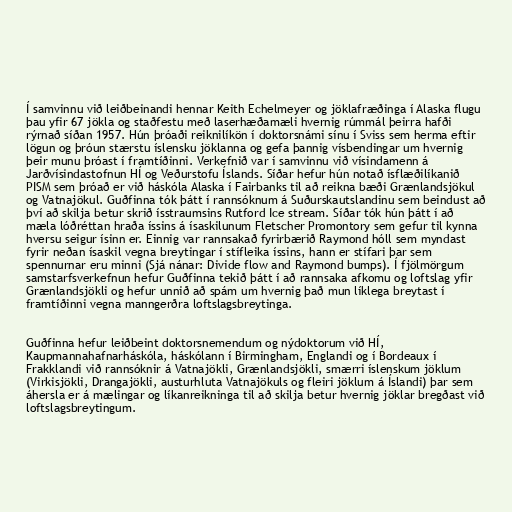
Í samvinnu við leiðbeinandi hennar Keith Echelmeyer og jöklafræðinga í Alaska flugu
þau yfir 67 jökla og staðfestu með laserhæðamæli hvernig rúmmál þeirra hafði
rýrnað síðan 1957. Hún þróaði reiknilíkön í doktorsnámi sínu í Sviss sem herma eftir
lögun og þróun stærstu íslensku jöklanna og gefa þannig vísbendingar um hvernig
þeir munu þróast í framtíðinni. Verkefnið var í samvinnu við vísindamenn á
Jarðvísindastofnun HÍ og Veðurstofu Íslands. Síðar hefur hún notað ísflæðilíkanið
PISM sem þróað er við háskóla Alaska í Fairbanks til að reikna bæði Grænlandsjökul
og Vatnajökul. Guðfinna tók þátt í rannsóknum á Suðurskautslandinu sem beindust að
því að skilja betur skrið ísstraumsins Rutford Ice stream. Síðar tók hún þátt í að
mæla lóðréttan hraða íssins á ísaskilunum Fletscher Promontory sem gefur til kynna
hversu seigur ísinn er. Einnig var rannsakað fyrirbærið Raymond hóll sem myndast
fyrir neðan ísaskil vegna breytingar í stífleika íssins, hann er stífari þar sem
spennurnar eru minni (Sjá nánar: Divide flow and Raymond bumps). Í fjölmörgum
samstarfsverkefnun hefur Guðfinna tekið þátt í að rannsaka afkomu og loftslag yfir
Grænlandsjökli og hefur unnið að spám um hvernig það mun líklega breytast í
framtíðinni vegna manngerðra loftslagsbreytinga.

Guðfinna hefur leiðbeint doktorsnemendum og nýdoktorum við HÍ,
Kaupmannahafnarháskóla, háskólann í Birmingham, Englandi og í Bordeaux í
Frakklandi við rannsóknir á Vatnajökli, Grænlandsjökli, smærri íslenskum jöklum
(Virkisjökli, Drangajökli, austurhluta Vatnajökuls og fleiri jöklum á Íslandi) þar sem
áhersla er á mælingar og líkanreikninga til að skilja betur hvernig jöklar bregðast við
loftslagsbreytingum.